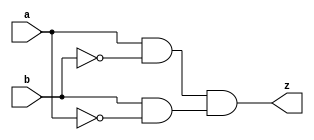
`timescale 1ns / 1ns
//////////////////////////////////////////////////////////////////////////////////
// Company: 
// Engineer: 
// 
// Design Name: 
// Module Name: Ex_OR
// Project Name: 
// Target Devices: 
// Tool Versions: 
// Description: 
// 
// Dependencies: 
// 
// Revision:
// Revision 0.01 - File Created
// Additional Comments:
// 
//////////////////////////////////////////////////////////////////////////////////


module Ex_OR(a , b ,z);
    input a,b;
    output z;
    wire  abar,bbar, z1and, z2and;
    
    assign #1 abar = ~a;
    assign #1 bbar = ~b;
    assign #5 z1and = (a&bbar);
    assign #5 z2and = (b&abar);
    assign #4 z = (z1and& z2and);
endmodule